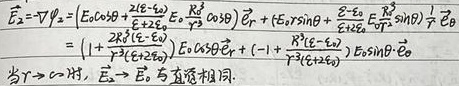
当$r \to \infty$时，$\vec{E}_2\rightarrow E_0$ 与直源相同.
\begin{align*}
\vec{E}_2 =&-\nabla\varphi_2 \\
=& \left(E_0\cos\theta+\frac{E_0 - E_{\infty}}{2 + \kappa a}\cdot\frac{E_{\infty}}{E_0}\frac{R^3}{r^3}\cos\theta\right)\vec{e}_r + \left(-E_0\sin\theta+\frac{E_0 - E_{\infty}}{2 + \kappa a}\cdot\frac{E_{\infty}}{E_0}\frac{R^3}{r^3}\sin\theta\right)\frac{1}{r}\vec{e}_{\theta}\\
=&\left(1 + \frac{R^3(E_0 - E_{\infty})}{r^3(2 + \kappa a)E_0}\right)E_0\cos\theta\vec{e}_r+\left(-1 + \frac{R^3(E_0 - E_{\infty})}{r^3(2 + \kappa a)E_0}\right)E_0\sin\theta\cdot\vec{e}_{\theta}
\end{align*}